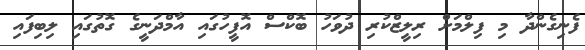
ފެނިގެންދާ މި ފިލްމަށް ރިލީޒްކުރި ދުވަހު ބޮކްސް އޮފީހުގައި އާމްދަނީގެ ގޮތުގައި ލިބިފައި